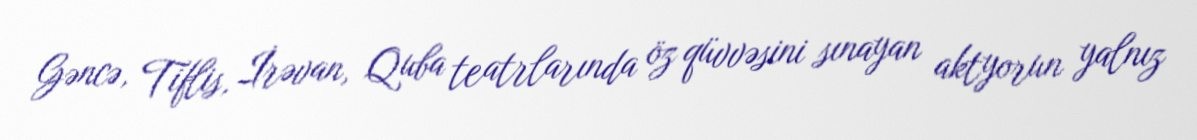
Gəncə, Tiflis, İrəvan, Quba teatrlarında öz qüvvəsini sınayan aktyorun yalnız